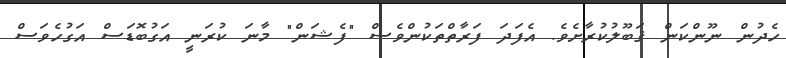
ހެދުން ނޫންކަން ޤަބޫލުކުރާށެވެ. އެފަދަ ފަރާތްތަކުންވެސް "ފެޝަން" މާނަ ކުރަނީ އަގުބޮޑަސް އަގުހެވަސް